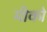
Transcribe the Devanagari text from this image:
मीको